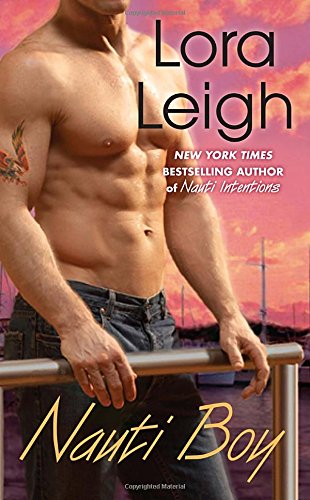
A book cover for Nauti Boy (Berkley Sensation); Lora Leigh; Romance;